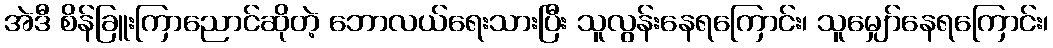
အဲဒီ စိန်ခြူးကြာညောင်ဆိုတဲ့ ဘောလယ်ရေးသားပြီး သူလွန်းနေရကြောင်း၊ သူမျှော်နေရကြောင်း၊